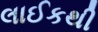
લાઈકથી